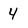
Character: 4